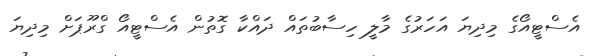
އެސްޓީއޯގެ މިދިޔަ އަހަރުގެ މާލީ ހިސާބުތައް ދައްކާ ގޮތުން އެސްޓީއޯ ގްރޫޕަށް މިދިޔަ